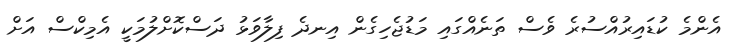
އެންމެ ކުޑައިރުއްސުރެ ވެސް ތަނެއްގައި މަޑުޖެހިގެން އިނދެ ފިލާވަޅު ދަސްކޮށްލުމަކީ އެމިކްސް އަށް